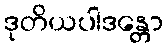
ဒုတိယပါဒန္တော